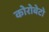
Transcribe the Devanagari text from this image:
कोरोबेटो